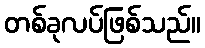
တစ်ခုလပ်ဖြစ်သည်။